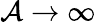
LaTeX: \mathcal{A}\rightarrow\infty